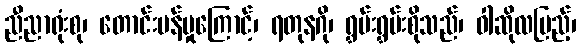
ညီညာရုံးစု၊ တောင်းပန်မှုကြောင့်၊ ရတုနဂို၊ ရွှမ်းရွှမ်းစိုသည်၊ ဝါဆိုလပြည့်၊